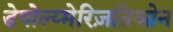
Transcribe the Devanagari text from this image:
डेपोल्य्मेरिज़तिओन